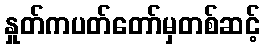
နှုတ်ကပတ်တော်မှတစ်ဆင့်